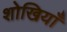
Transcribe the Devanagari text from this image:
शोखियाँ